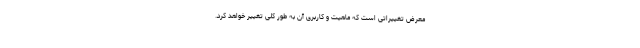
معرض تغییراتی است که ماهیت و کاربری آن به طور کلی تغییر خواهد کرد.